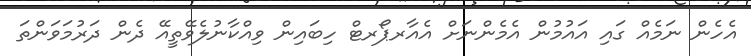
އެހެން ނަމެއް ގައި އައުމުން އެމެންނަށް އެއާރޕޯރޓް ހިބައިން ވިއްކާނުލެވޭތީއޭ ދެން ދަރުމަވަންތަ